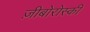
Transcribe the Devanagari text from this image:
ज़ीबोरोस्‍की